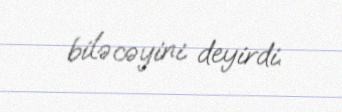
biləcəyini deyirdi.